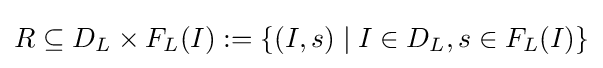
R\subseteq D_{L}\times F_{L}(I):=\{(I,s)\mid I\in D_{L},s\in F_{L}(I)\}